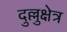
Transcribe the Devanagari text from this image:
दुल्लुक्षेत्र